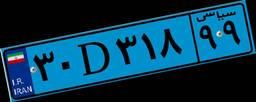
۸۱D۵۷۶۱۲